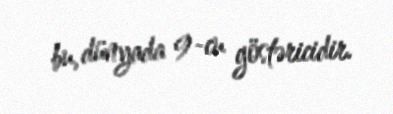
bu, dünyada 9-cu göstəricidir.